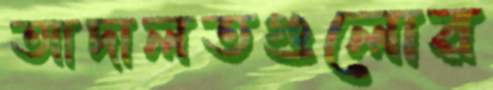
আদালতগুলোর